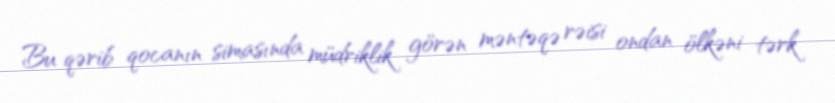
Bu qərib qocanın simasında müdriklik görən məntəqə rəisi ondan ölkəni tərk